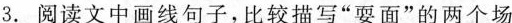
3.阅读文中画线句子，比较描写“耍面”的；两个场